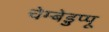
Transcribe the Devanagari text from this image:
चेम्बेडुप्पू